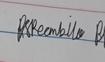
Signature authenticity: genuine